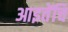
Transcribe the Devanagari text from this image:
आइतेंचि